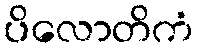
ပိလောတိကံ